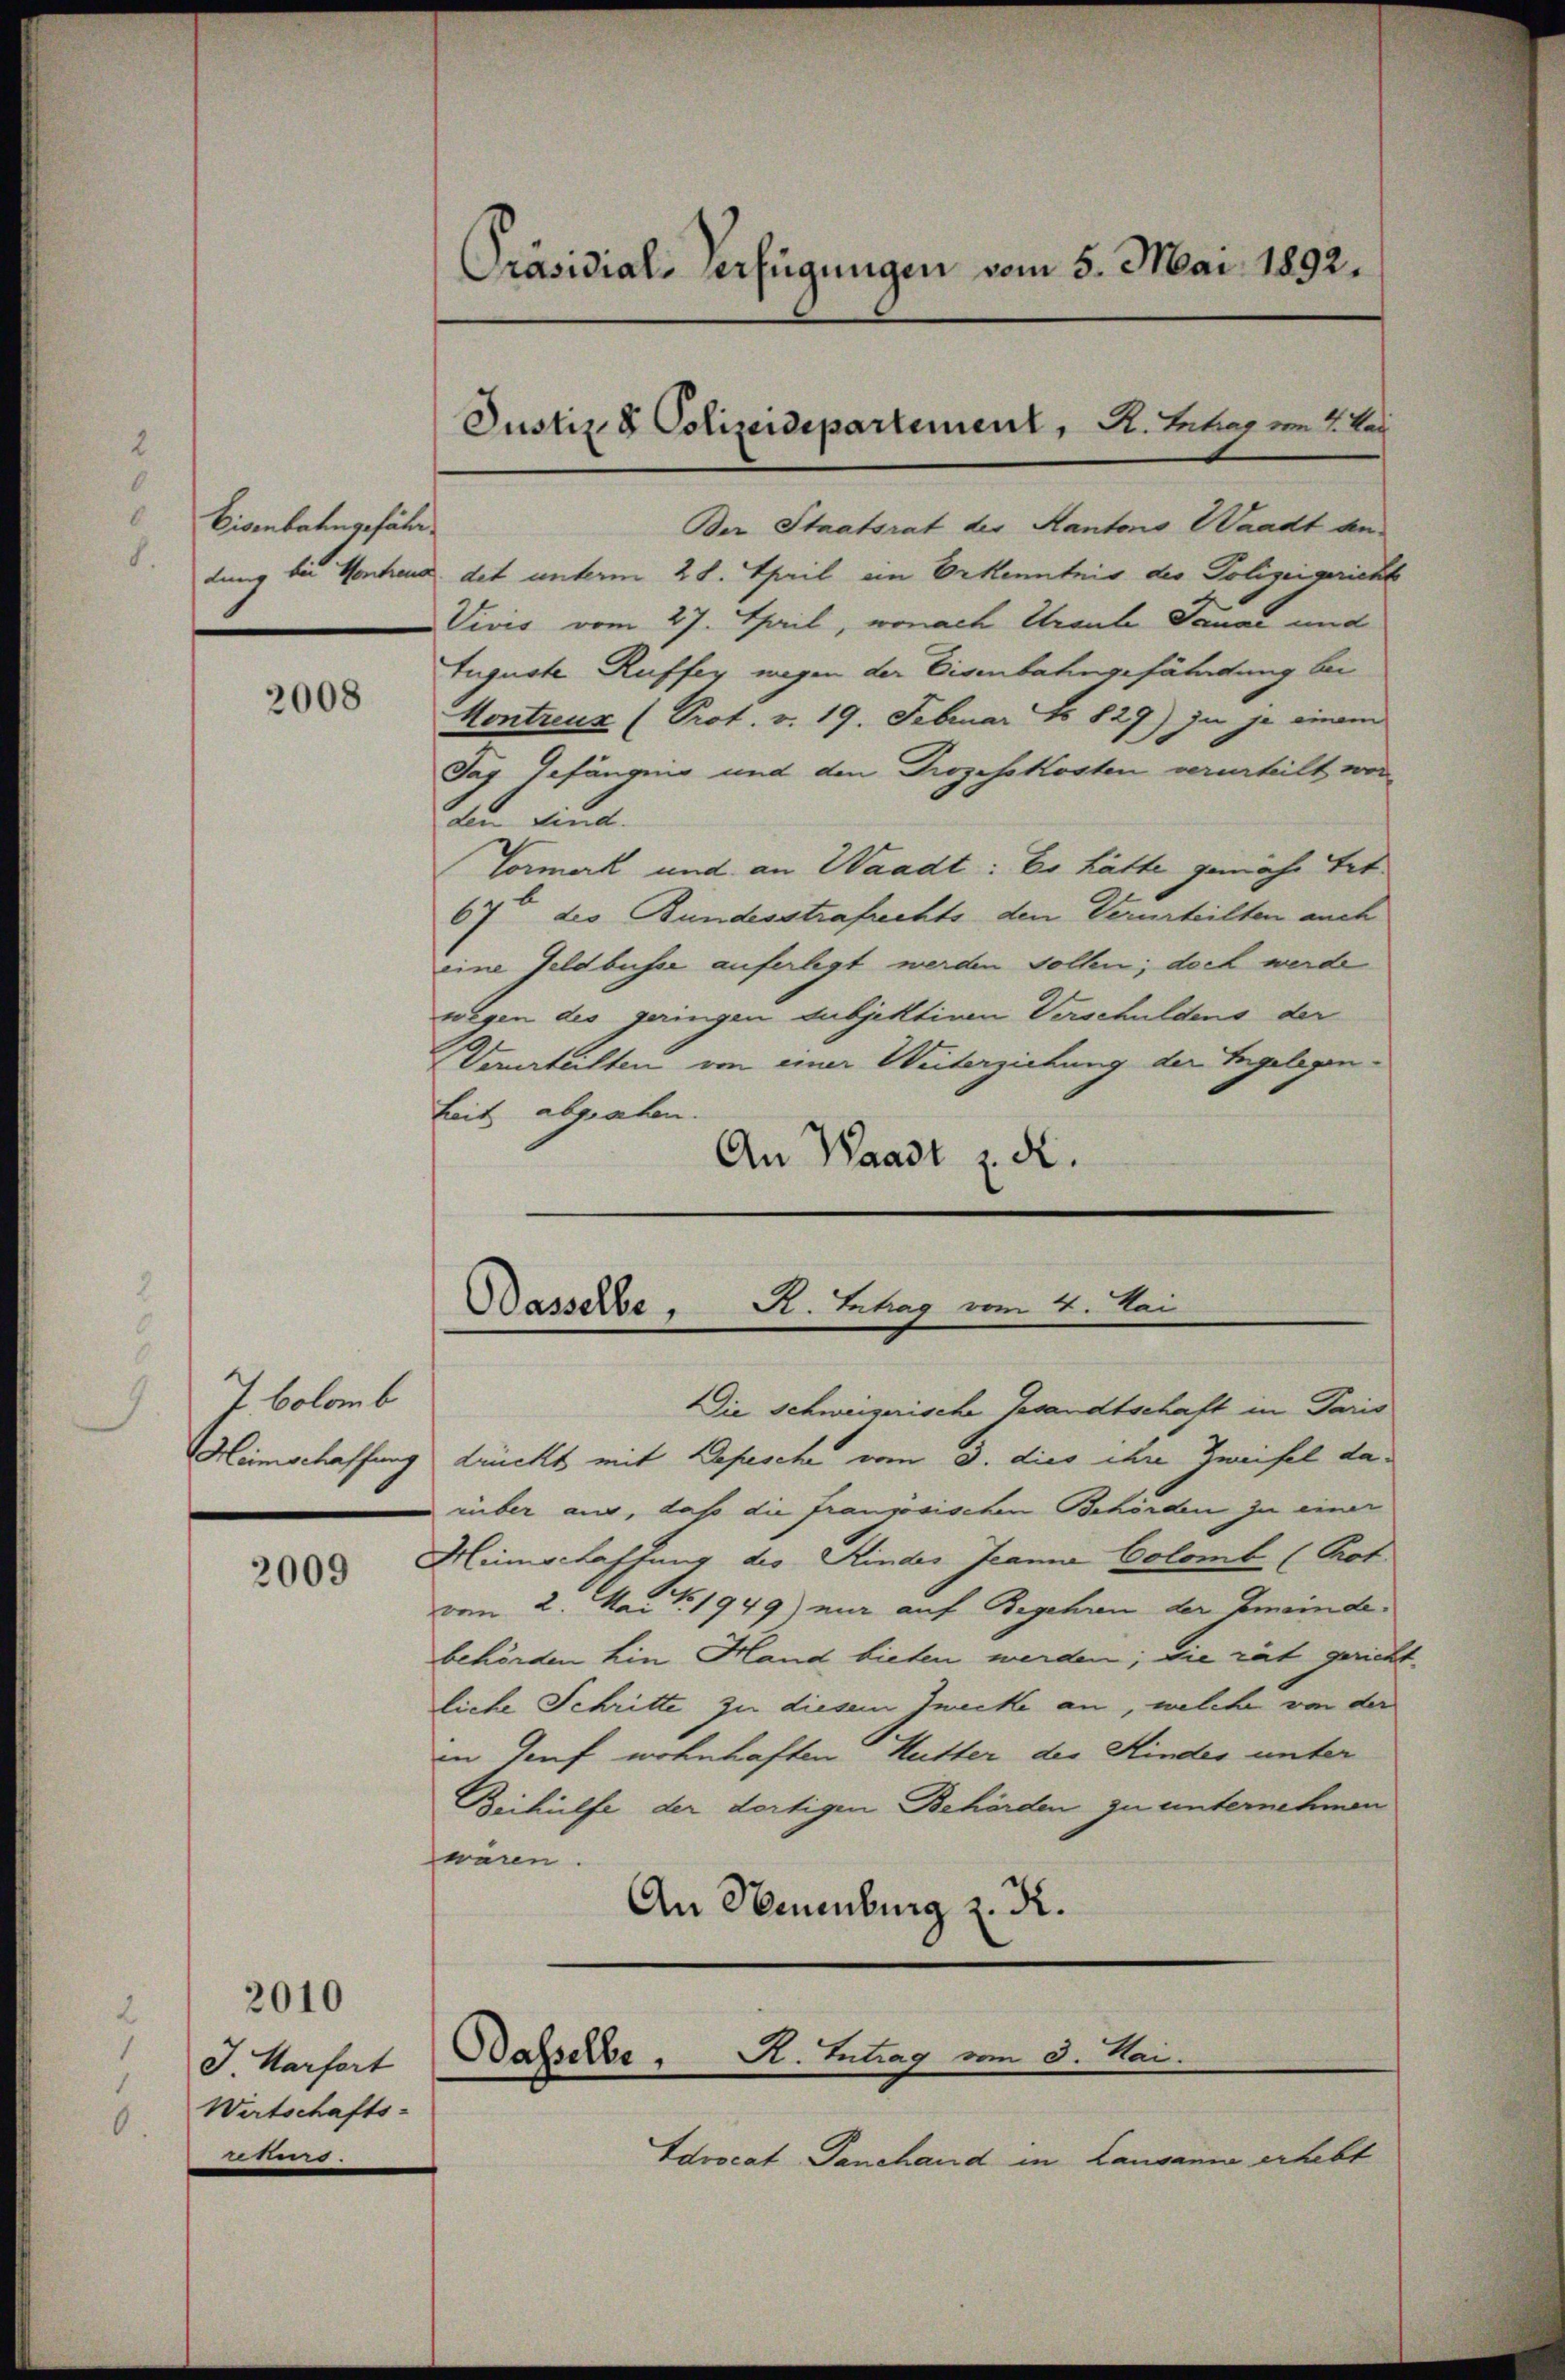
8
Bisenbahngefähr¬
8.

2008

7 bolamb

2009

2010

J. Karfort
Wirtschafts-

Präsidial-Verfügungen vom 5. Mai 1892.

Ber Staatsrat der Kantons Waadt antung bis Montend des unterm 28. April ein Erkenntnis des Polizeigericht
Vivis vom 27. April, wonach Graube Jauai und
Auguste Ruffer wegen der Eisenbahngefährdung bei
Kontreuz (Prot. v. 19. Februar No 829) in je einem
Jag Gefängnis und den Prozesskosten verurteilt wor
den sind.
Vormerk und an Waadt: Es hätte gemache Tat
67ten des Bundesstrafrechts den Verurteilten auch
eine Geldbuser auferlegt werden sollen; doch werde
wegen des geringen subjektiven Verschuldens der
Verurteilten von einer Weiterziehung der Engelegenkeit abgraben.
An Waadt z. d.

Justiz & Polizeidepartement, R. Huber im 2. Les

Die Schweizerische Gesandtschaft in Paris
Heimschaffung drückt mit Depesche vom 3. dies ihre Zweifel daiüber aus, daß die französischen Behörden zu einer
Hinschaffung des Kinder Jeanna Colomb (Prot.
vom 2. Mai 1949) mir auf Begehren der Gmeinde
behörden hin Hand bieten werden; die rät gericht.
liche Schritte zu diesem Juncke an, welche von der
in Genf wohnhaften Hutter des Kindes unter
Beihülfe der dortigen Behörden zu unternehmen
wären
An Sommenburg z. R.

Dasserbe, R. Betrag vom 4. Mai

Dasselbe R. Intrag vom 3. Mai.

Idvocat Danehand in Lausanna erhebt